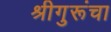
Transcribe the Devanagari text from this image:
श्रीगुरूंचा